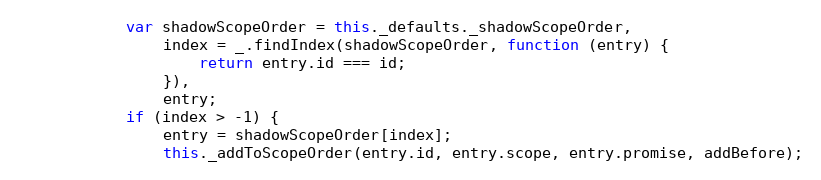
Language: JavaScript
            var shadowScopeOrder = this._defaults._shadowScopeOrder,
                index = _.findIndex(shadowScopeOrder, function (entry) {
                    return entry.id === id;
                }),
                entry;
            if (index > -1) {
                entry = shadowScopeOrder[index];
                this._addToScopeOrder(entry.id, entry.scope, entry.promise, addBefore);